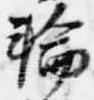
輪